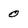
Character: 0